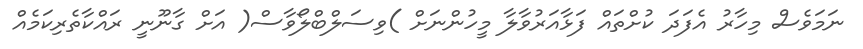
ނަމަވެސް މިހާރު އެފަދަ ކުށްތައް ފަޅާއަރުވާލާ މީހުންނަށް )ވިސަލްބްލޯވާސް( އަށް ގާނޫނީ ރައްކާތެރިކަމެއް